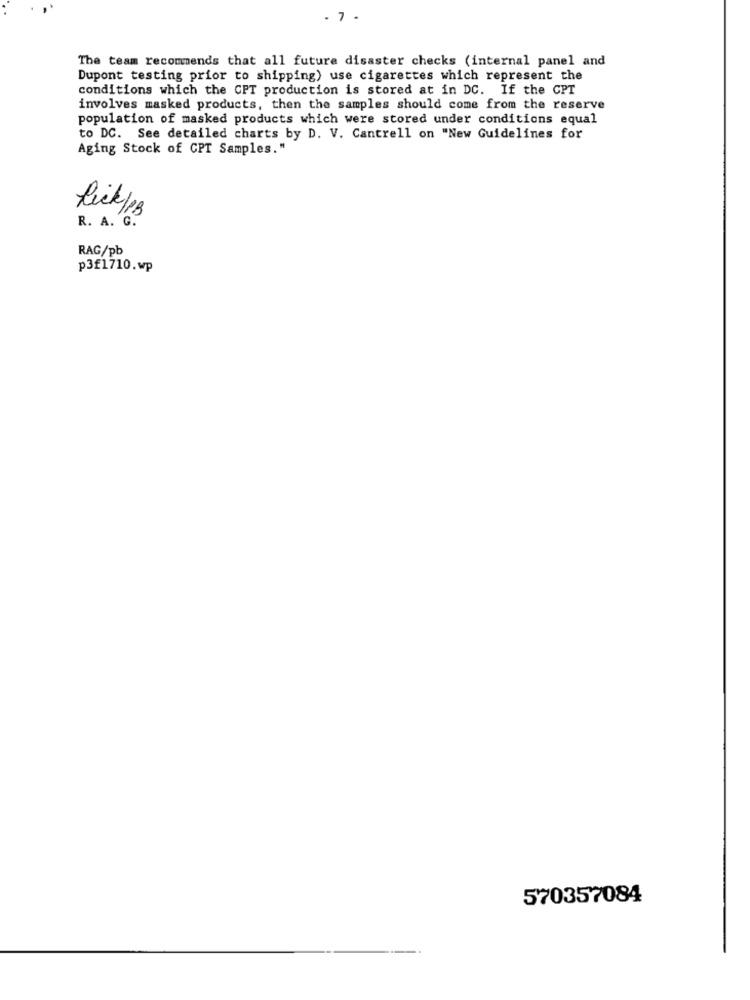
. 7 .
The team recommends that all future disaster checks (internal panel and
Dupont testing prior to shipping) use cigarettes which represent the
conditions which the CPT production is stored at in DC. If the GPT
involves masked products, then the samples should come from the reserve
population of masked products which were stored under conditions equal
to DC. See detailed charts by D. V. Cantrell on "New Guidelines for
Aging Stock of CPT Samples."
Rick/p3
R. A. G.
RAG/pb
p3£1710.wp
570357084